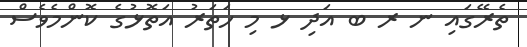
ތެރޭގައި ނ ރ ބ އަދި ޅ މި ހަތަރު އަތޮޅުގެ ކޮންމެވެސް